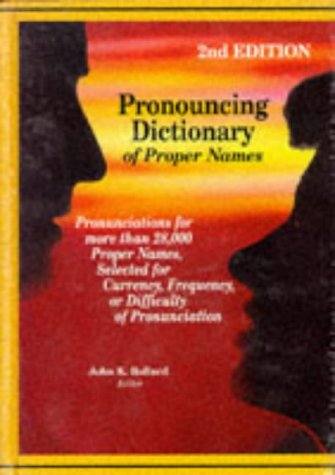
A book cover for Pronouncing dictionary of proper names : pronunciations for more than 28,000 proper names, selected for currency, frequency, or difficulty of pronunciation; Reference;